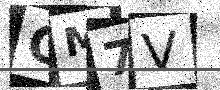
Text: GM7V